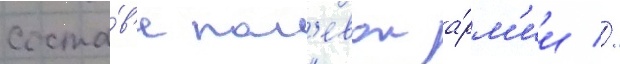
соста́в'е пол'евои а́рм'ии //